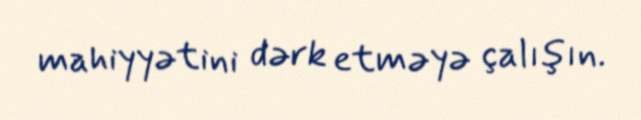
mahiyyətini dərk etməyə çalışın.